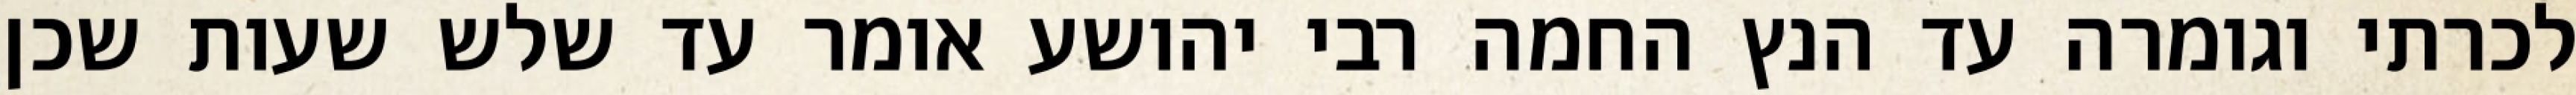
לכרתי וגומרה עד הנץ החמה רבי יהושע אומר עד שלש שעות שכן